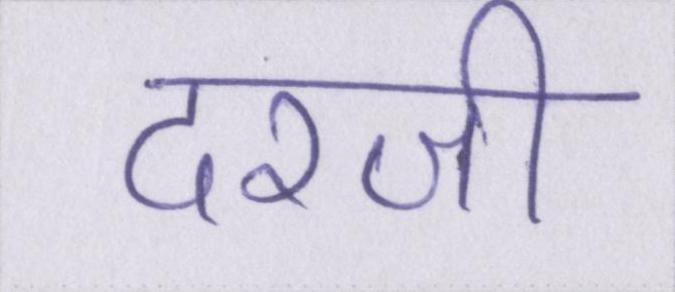
दरजी